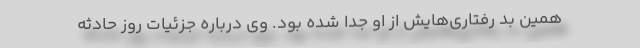
همین بد رفتاری‌هایش از او جدا شده بود. وی درباره جزئیات روز حادثه